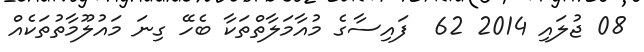
08 ޖުލައި 2014 62  ފައިސާގެ މުއާމަލާތްތަކާ ބެހޭ ގިނަ މައުލޫމާތުތަކެއް